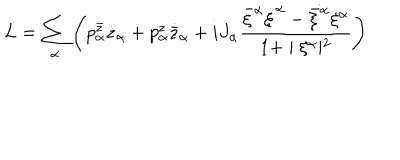
LaTeX: L = \sum _ { \alpha } \left( p _ { \alpha } ^ { \bar { z } } \dot { z } _ { \alpha } + p _ { \alpha } ^ { z } \dot { { \bar { z } } } _ { \alpha } + i J _ { \alpha } \frac { { \bar { \xi } } ^ { \alpha } \dot { \xi } ^ { \alpha } - \dot { \bar { \xi } ^ { \alpha } } \xi ^ { \alpha } } { 1 + \mid \xi ^ { \alpha } \mid ^ { 2 } } \right)